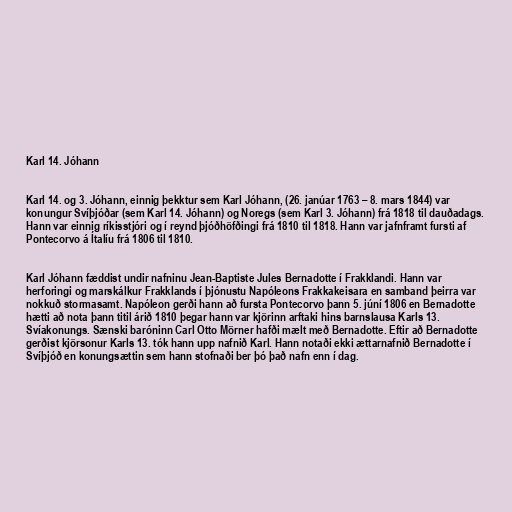
Karl 14. Jóhann

Karl 14. og 3. Jóhann, einnig þekktur sem Karl Jóhann, (26. janúar 1763 – 8. mars 1844) var
konungur Svíþjóðar (sem Karl 14. Jóhann) og Noregs (sem Karl 3. Jóhann) frá 1818 til dauðadags.
Hann var einnig ríkisstjóri og í reynd þjóðhöfðingi frá 1810 til 1818. Hann var jafnframt fursti af
Pontecorvo á Ítalíu frá 1806 til 1810.

Karl Jóhann fæddist undir nafninu Jean-Baptiste Jules Bernadotte í Frakklandi. Hann var
herforingi og marskálkur Frakklands í þjónustu Napóleons Frakkakeisara en samband þeirra var
nokkuð stormasamt. Napóleon gerði hann að fursta Pontecorvo þann 5. júní 1806 en Bernadotte
hætti að nota þann titil árið 1810 þegar hann var kjörinn arftaki hins barnslausa Karls 13.
Svíakonungs. Sænski baróninn Carl Otto Mörner hafði mælt með Bernadotte. Eftir að Bernadotte
gerðist kjörsonur Karls 13. tók hann upp nafnið Karl. Hann notaði ekki ættarnafnið Bernadotte í
Svíþjóð en konungsættin sem hann stofnaði ber þó það nafn enn í dag.